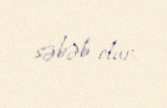
səbəb olur.